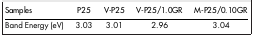
| Samples | P25 | V-P25 | V-P25/1.0GR | M-P25/0.10GR |
 | --- | --- | --- | --- | --- |
 | Band Energy (eV) | 3.03 | 3.01 | 2.96 | 3.04 |